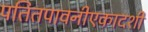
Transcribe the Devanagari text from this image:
पतितपावनीएकादशी